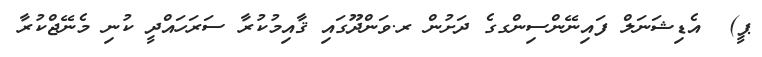
ޕީ)  އެޑިޝަނަލް ފައިނޭންސިންގގެ ދަށުން ރ.ވަންދޫގައި ޤާއިމުކުރާ ސަރަހައްދީ ކުނި މެނޭޖްކުރާ